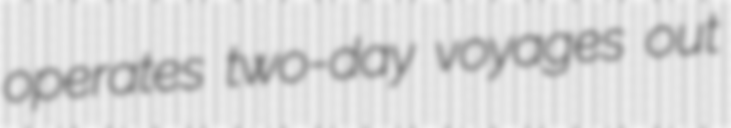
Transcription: operates two-day voyages out